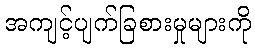
အကျင့်ပျက်ခြစားမှုများကို